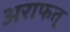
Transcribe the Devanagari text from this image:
अराफत्